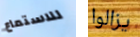
للاستماع يزالوا